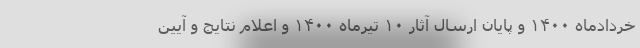
خردادماه ۱۴۰۰ و پایان ارسال آثار ۱۰ تیرماه ۱۴۰۰ و اعلام نتایج و آیین